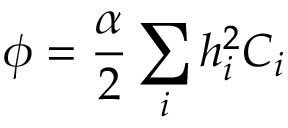
\phi = \frac { \alpha } { 2 } \sum _ { i } h _ { i } ^ { 2 } C _ { i }